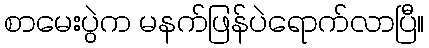
စာမေးပွဲက မနက်ဖြန်ပဲရောက်လာပြီ။